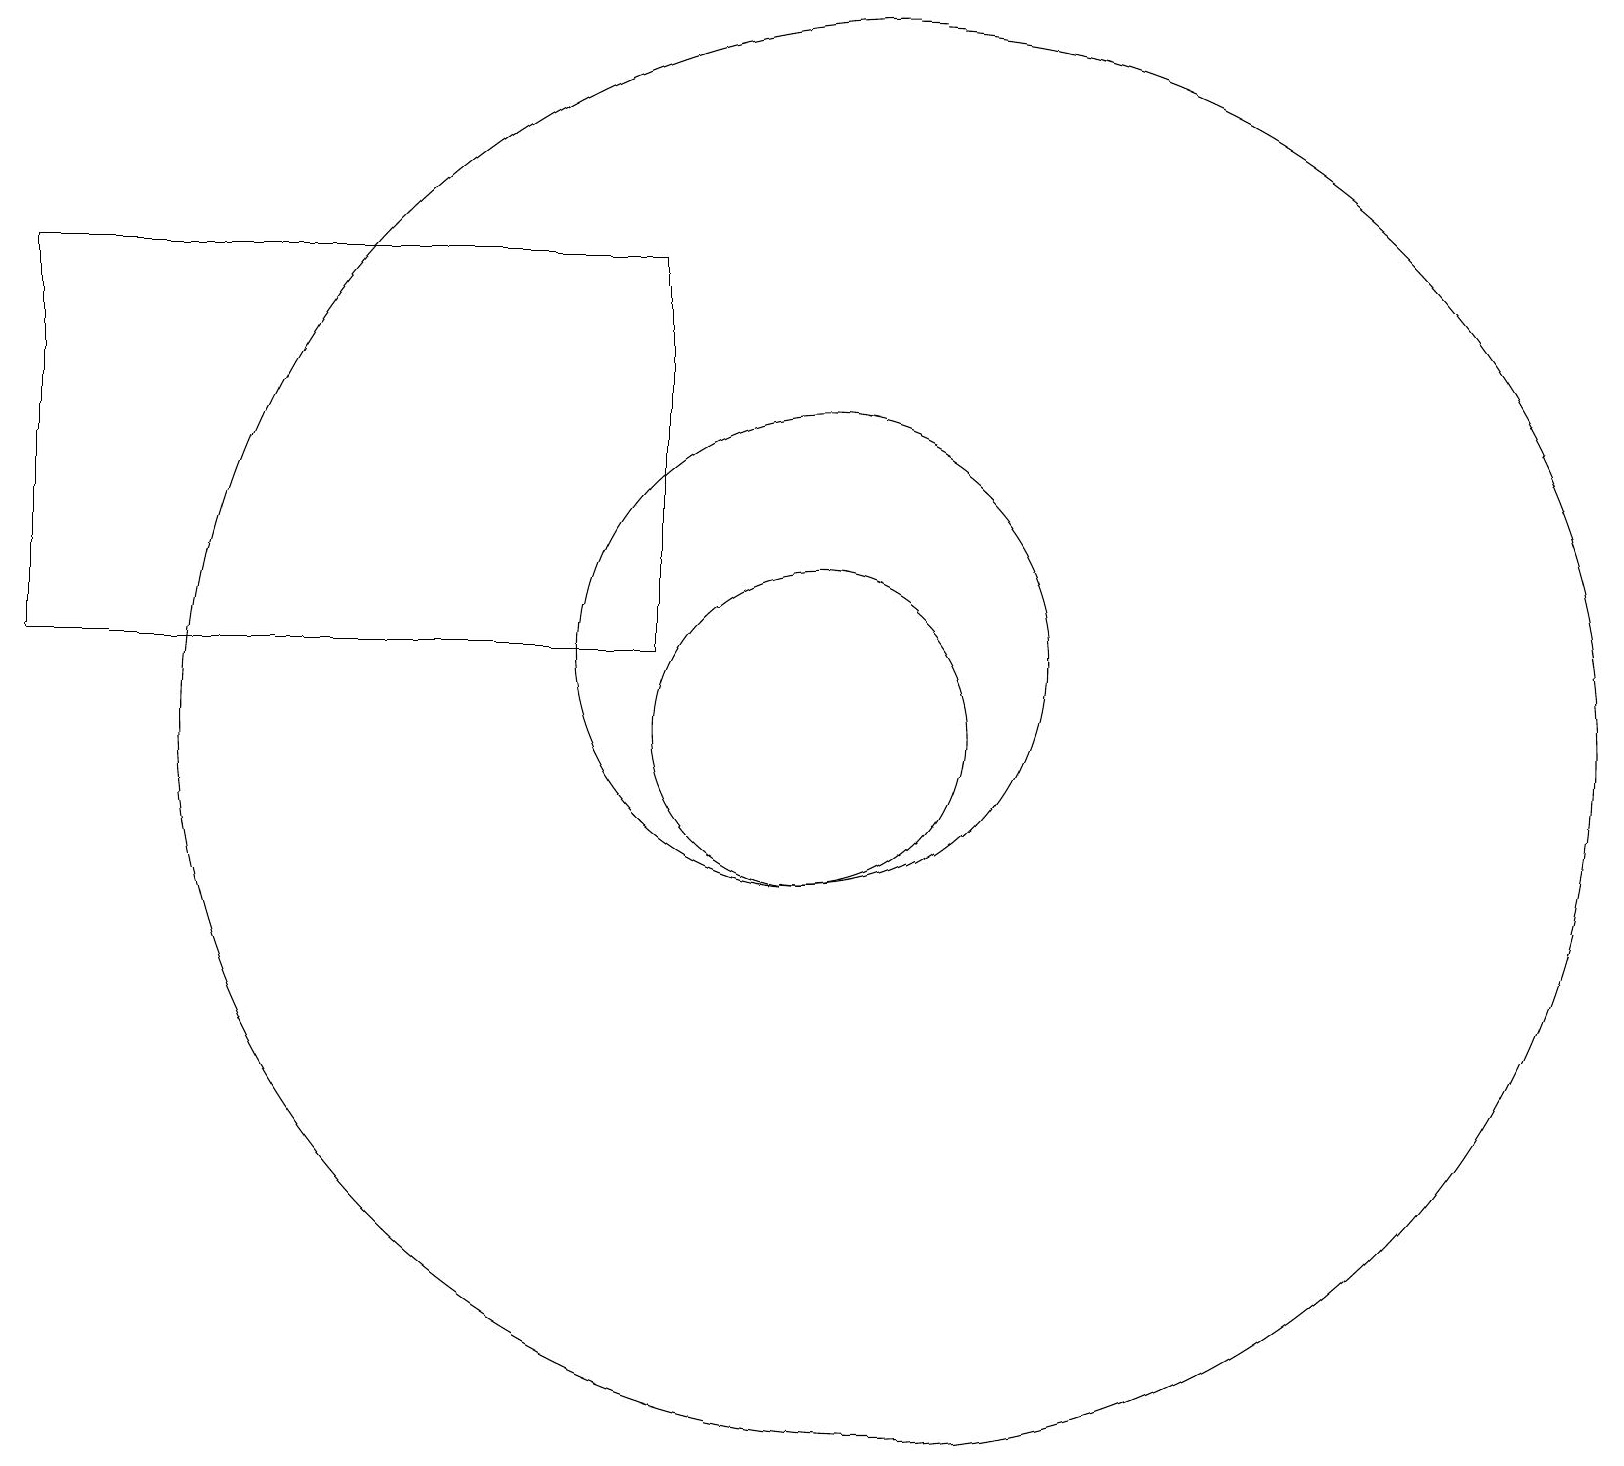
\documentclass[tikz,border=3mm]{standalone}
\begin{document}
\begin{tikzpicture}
\draw (11,10) circle (9);
\draw (10,11) circle (3);
\draw (10,10) circle (2);
\draw (8,16) rectangle (0,11);
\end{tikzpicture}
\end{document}